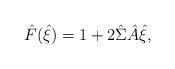
LaTeX: \begin{align*}\hat{F}(\hat{\xi}) = 1+2\hat{\Sigma}\hat{A}\hat{\xi},\end{align*}